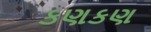
કણકણ